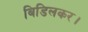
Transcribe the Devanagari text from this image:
बिडिलकर।